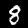
Digit: 8